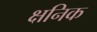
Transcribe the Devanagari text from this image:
क्षनिक